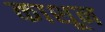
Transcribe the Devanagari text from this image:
काशून